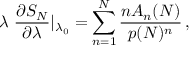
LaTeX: \lambda \ { \frac { \partial S _ { N } } { \partial \lambda } } | _ { \lambda _ { 0 } } = \sum _ { n = 1 } ^ { N } { \frac { n A _ { n } ( N ) } { p ( N ) ^ { n } } } \, ,